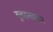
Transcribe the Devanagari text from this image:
गुलशनकुमार